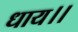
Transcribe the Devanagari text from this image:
धाय।।